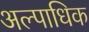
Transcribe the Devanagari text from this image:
अल्पाधिक